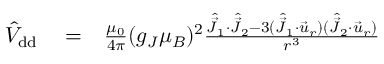
\begin{array} { r l r } { \hat { V } _ { \mathrm { { d d } } } } & { { } = } & { \frac { \mu _ { 0 } } { 4 \pi } ( g _ { J } \mu _ { B } ) ^ { 2 } \frac { \hat { \vec { J } } _ { 1 } \cdot \hat { \vec { J } } _ { 2 } - 3 ( \hat { \vec { J } } _ { 1 } \cdot \vec { u } _ { r } ) ( \hat { \vec { J } } _ { 2 } \cdot \vec { u } _ { r } ) } { r ^ { 3 } } } \end{array}